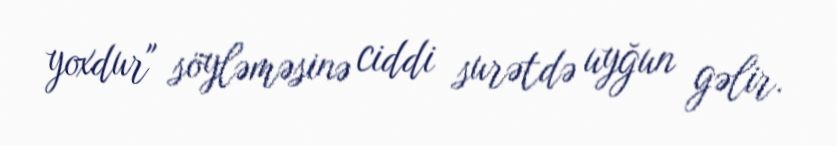
yoxdur" söyləməsinə ciddi surətdə uyğun gəlir.